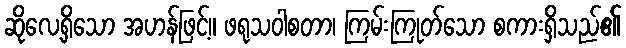
ဆိုလေ့ရှိသော အဟန်ဖြင့်။ ဖရုသဝါစတာ၊ ကြမ်းကြုတ်သော စကားရှိသည်၏